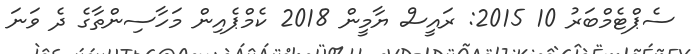
ސެޕްޓެމްބަރު 10 2015: ރައީސް ޔާމީން 2018 ކެމްޕެއިން މަހާސިންތާގެ ދެ ވަނަ